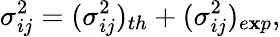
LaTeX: \sigma_{ij}^{2}=(\sigma_{ij}^{2})_{th}+(\sigma_{ij}^{2})_{e\mathbf{x}p},